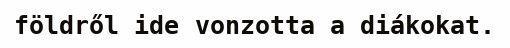
földről ide vonzotta a diákokat.